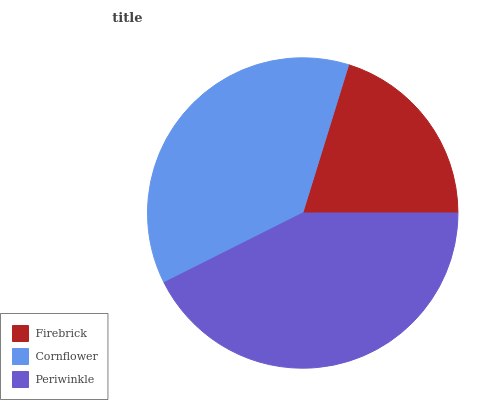
| Firebrick | Cornflower | Periwinkle |
 | --- | --- | --- |
 | 20.2% | 37.2% | 42.6% |